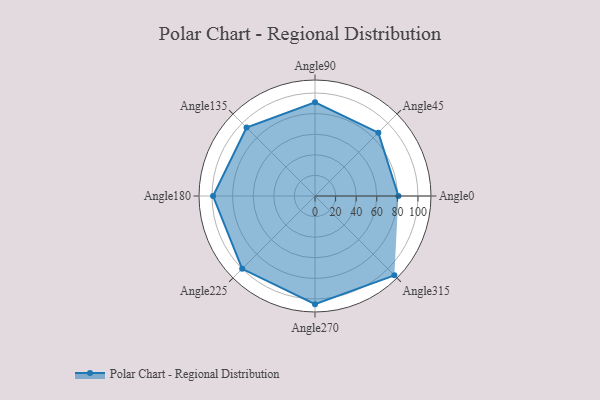
{"axis": {"x": "Angle", "y": "Radius"}, "legend": [""], "data": [{"x": "Angle0", "y": 81.0, "type": ""}, {"x": "Angle45", "y": 87.0, "type": ""}, {"x": "Angle90", "y": 91.0, "type": ""}, {"x": "Angle135", "y": 94.0, "type": ""}, {"x": "Angle180", "y": 99.0, "type": ""}, {"x": "Angle225", "y": 100.0, "type": ""}, {"x": "Angle270", "y": 105.0, "type": ""}, {"x": "Angle315", "y": 109.0, "type": ""}]}